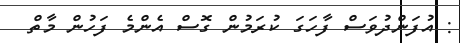
: އުފަންދުވަސް ފާހަގަ ކުރަމުން ގޮސް އެންމެ ފަހުން މާތް